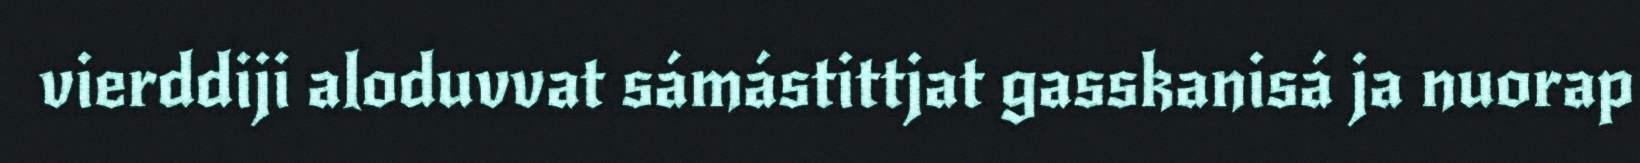
vierddiji aloduvvat sámástittjat gasskanisá ja nuorap